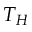
T _ { H }